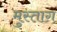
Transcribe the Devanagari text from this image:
मुस्ताग़